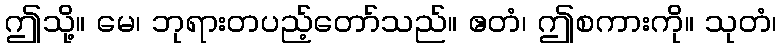
ဤသို့။ မေ၊ ဘုရားတပည့်တော်သည်။ ဧတံ၊ ဤစကားကို။ သုတံ၊